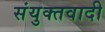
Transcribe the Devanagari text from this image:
संयुक्तवादी